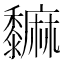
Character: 𪐎